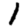
Digit: 1